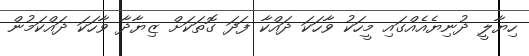
ހިޔާލީ ދުނިޔެއެއްގައި މީހަކު ވާހަކަ ދައްކާ ފަދަ ގޮތަކަށް ޒިޔާދާ ވާހަކަ ދައްކަމުން